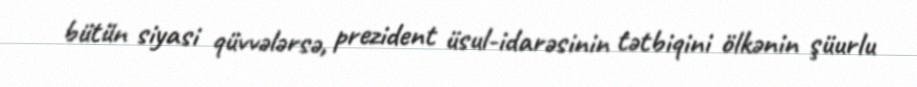
bütün siyasi qüvvələrsə, prezident üsul-idarəsinin tətbiqini ölkənin şüurlu